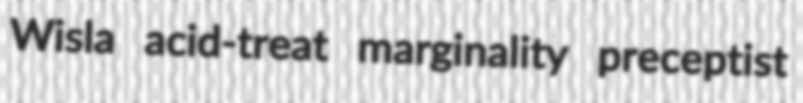
Wisla acid-treat marginality preceptist